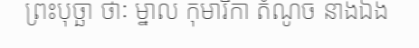
ព្រះបុច្ឆា ថាៈ ម្នាល កុមារិកា តំណូច នាងឯង